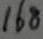
1 6 8